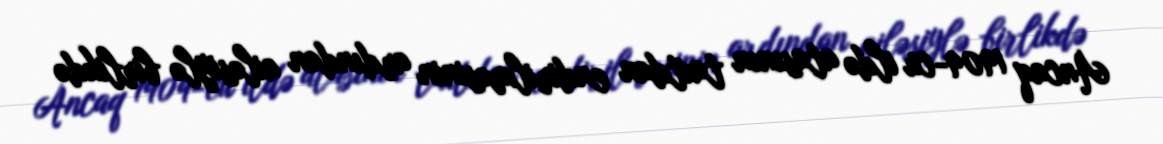
Ancaq 1909-cu ildə atasının taxtdan endirilməsinin ardından ailəsiylə birlikdə